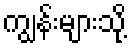
ကျွန်းများသို့